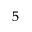
^ { 5 }